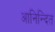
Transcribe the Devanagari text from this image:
आनिन्दित